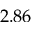
2 . 8 6